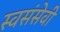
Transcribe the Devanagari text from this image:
स्वसंसेवी